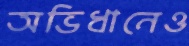
অভিধানেও